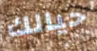
حيالك